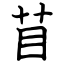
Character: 苜